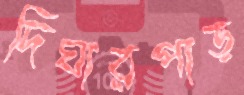
দিঘারপাড়